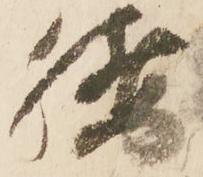
腰